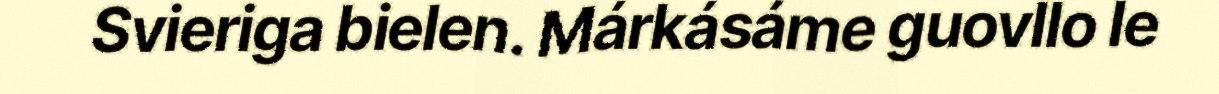
Svieriga bielen. Márkásáme guovllo le